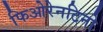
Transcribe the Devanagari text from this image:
फिओरेनटिनो